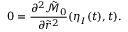
0 = \frac { \partial ^ { 2 } \tilde { \mathcal { M } } _ { 0 } } { \partial \tilde { r } ^ { 2 } } ( \eta _ { I } ( t ) , t ) .